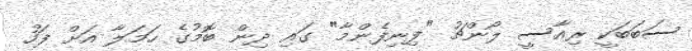
ސަބަބަކީ ރިއާސީ ލޯންޗު "ފިނިފެންމާ" ގައި ދިން ބޮމުގެ ހަމަލާ އަށް ފަހު